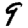
Digit: 9